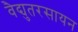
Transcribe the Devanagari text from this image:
वैद्युतरसायन